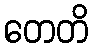
တေတိ